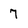
Character: 7